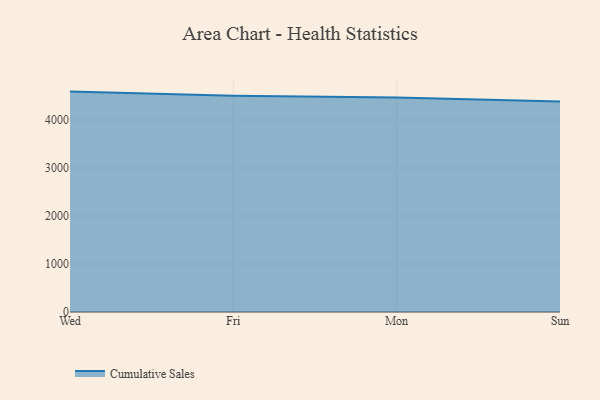
{"axis": {"x": "Day", "y": "Website Visitors"}, "legend": ["Cumulative Sales"], "data": [{"x": "Wed", "y": 4590.2, "type": "Cumulative Sales"}, {"x": "Fri", "y": 4503.0, "type": "Cumulative Sales"}, {"x": "Mon", "y": 4466.1, "type": "Cumulative Sales"}, {"x": "Sun", "y": 4382.3, "type": "Cumulative Sales"}]}